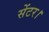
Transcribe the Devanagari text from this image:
सेंटर।